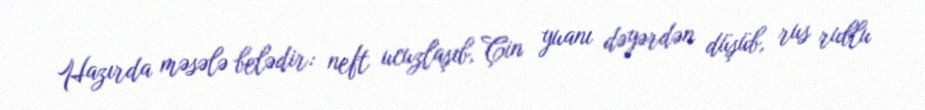
Hazırda məsələ belədir: neft ucuzlaşıb, Çin yuanı dəyərdən düşüb, rus rublu